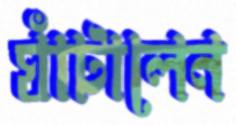
ঘাঁটালেন